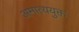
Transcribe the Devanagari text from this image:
अमात्ययुक्त